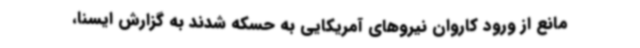
مانع از ورود کاروان نیروهای آمریکایی به حسکه شدند به گزارش ایسنا،